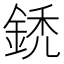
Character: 鋵